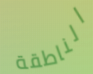
الناطقة